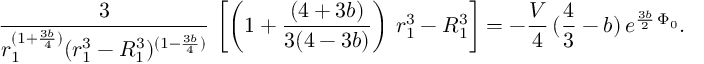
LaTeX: { \frac { 3 } { r _ { 1 } ^ { ( 1 + { \frac { 3 b } { 4 } } ) } ( r _ { 1 } ^ { 3 } - R _ { 1 } ^ { 3 } ) ^ { ( 1 - { \frac { 3 b } { 4 } } ) } } } \, \left[ \left( 1 + { \frac { ( 4 + 3 b ) } { 3 ( 4 - 3 b ) } } \right) \, r _ { 1 } ^ { 3 } - R _ { 1 } ^ { 3 } \right] = - { \frac { V } { 4 } } \, ( { \frac { 4 } { 3 } } - b ) \, e ^ { { \frac { 3 b } { 2 } } \, \Phi _ { 0 } } .